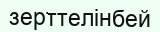
зерттелінбей